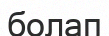
болап